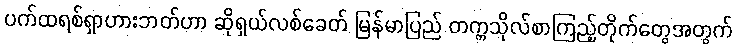
ပက်ထရစ်ရှာဟားဘတ်ဟာ ဆိုရှယ်လစ်ခေတ် မြန်မာပြည် တက္ကသိုလ်စာကြည့်တိုက်တွေအတွက်